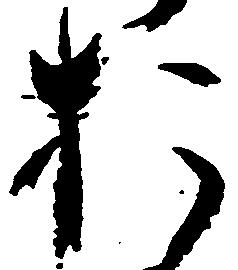
お